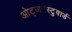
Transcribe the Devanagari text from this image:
ओट्जरस्टुवार्ड